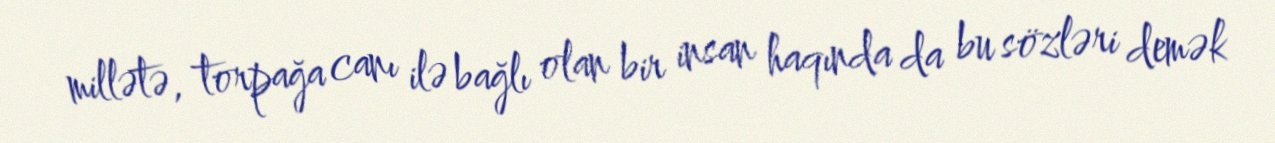
millətə, torpağa canı ilə bağlı olan bir insan haqında da bu sözləri demək